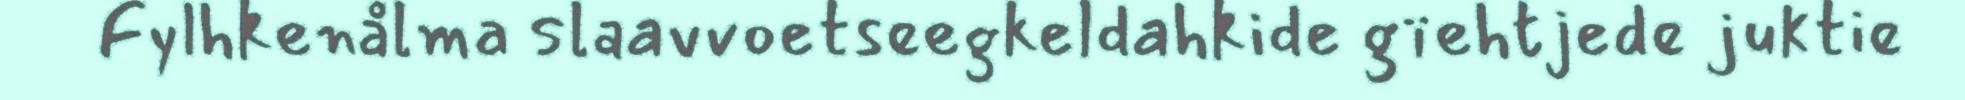
Fylhkenålma slaavvoetseegkeldahkide gïehtjede juktie